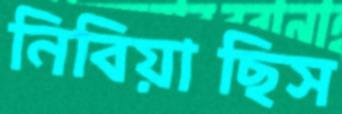
নিবিয়াছিস